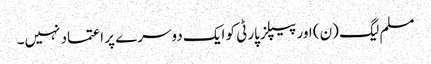
مسلم لیگ (ن) اور پیپلز پارٹی کو ایک دوسرے پر اعتماد نہیں۔